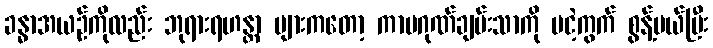
ခန္ဓာအယဉ်ကိုလည်း ဘုရားရဟန္တာ များကတော့ ကာမဂုဏ်ချမ်းသာကို မငဲ့ကွက် စွန့်ပယ်ပြီး